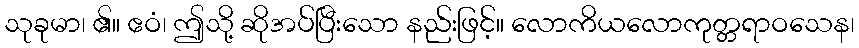
သုခုမာ၊ ၏။ ဧဝံ၊ ဤသို့ ဆိုအပ်ပြီးသော နည်းဖြင့်။ လောကိယလောကုတ္တရာဝသေန၊